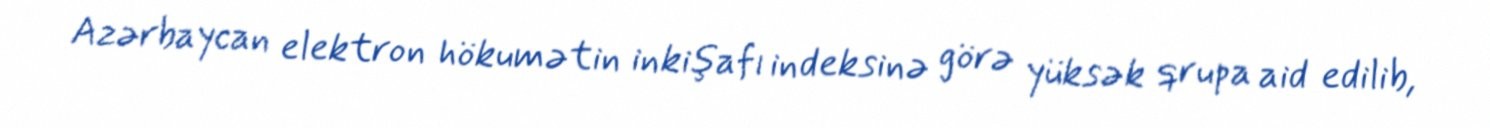
Azərbaycan elektron hökumətin inkişafı indeksinə görə yüksək qrupa aid edilib,